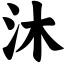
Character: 沐